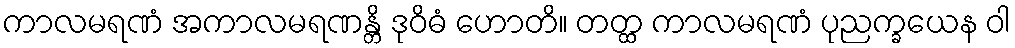
ကာလမရဏံ အကာလမရဏန္တိ ဒုဝိဓံ ဟောတိ။ တတ္ထ ကာလမရဏံ ပုညက္ခယေန ဝါ